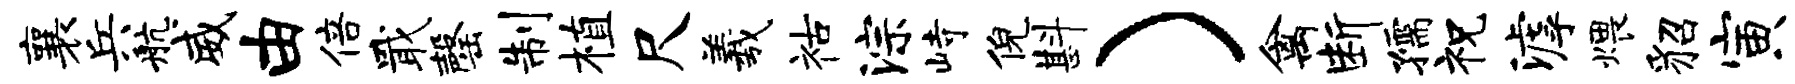
襄兵航威由倍戢罄制植尺羲祜淙峙倪斟）禽断孺祝滹煨貂寅梳